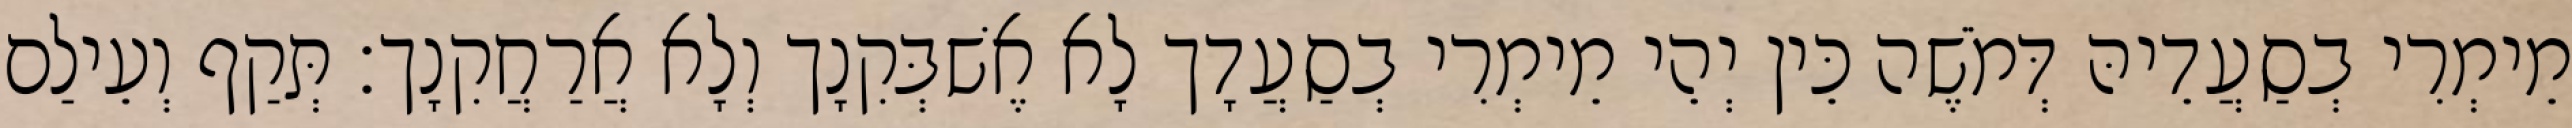
מֵימְרִי בְסַעֲדֵיהּ דְּמֹשֶׁה כֵּין יְהֵי מֵימְרִי בְסַעֲדָך לָא אֶשׁבְּקִנָך וְלָא אֲרַחֲקִנָך׃ תְּקַף וְעֵילַם